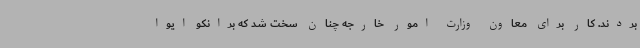
بردند. کار برای معاون وزارت امور خارجه چنان سخت شد که برانکو ایوا